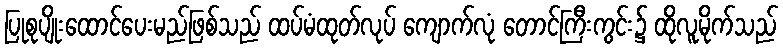
ပြုစုပျိုးထောင်ပေးမည်ဖြစ်သည် ထပ်မံထုတ်လုပ် ကျောက်လုံ တောင်ကြီးကွင်း၌ ထိုလူမိုက်သည်